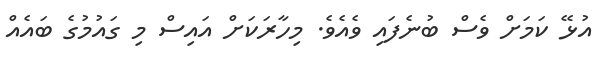
އުޅޭ ކަމަށް ވެސް ބުނެފައި ވެއެވެ. މިހާރަކަށް އައިސް މި ގައުމުގެ ބައެއް